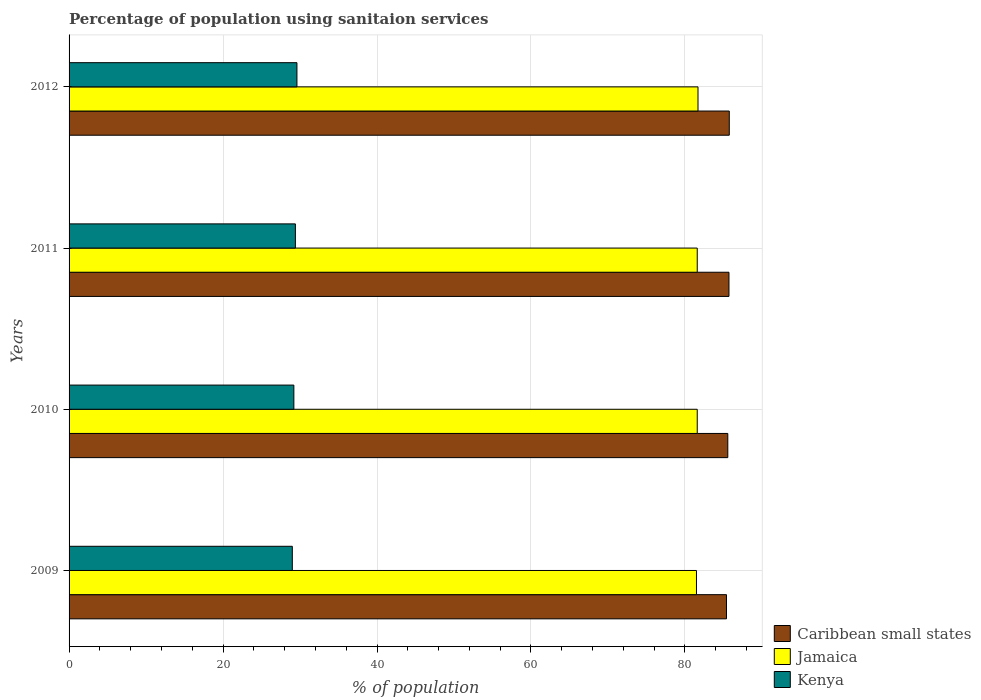
| Years | Caribbean small states | Jamaica | Kenya |
 | --- | --- | --- | --- |
 | 2009 | 85.4 | 81.5 | 29 |
 | 2010 | 85.6 | 81.6 | 29.2 |
 | 2011 | 85.7 | 81.6 | 29.4 |
 | 2012 | 85.8 | 81.7 | 29.6 |